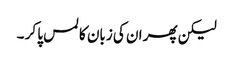
لیکن پھر ان کی زبان کا لمس پا کر ۔